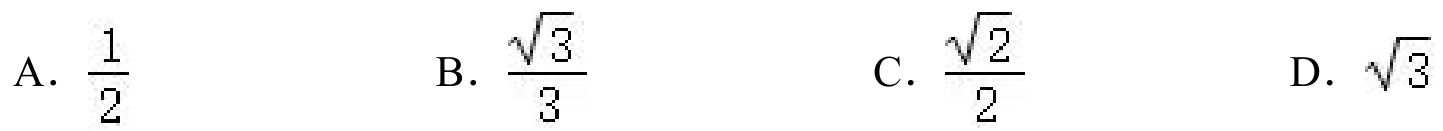
A. \(\frac{1}{2}\)  B. \(\frac{\sqrt{3}}{3}\)  C. \(\frac{\sqrt{2}}{2}\)  D. \(\sqrt{3}\)